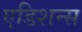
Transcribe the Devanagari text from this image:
एडिशन्स